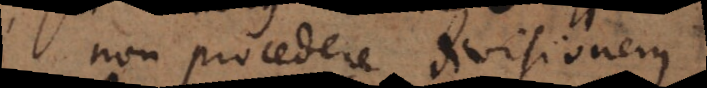
non procedere divisionem.